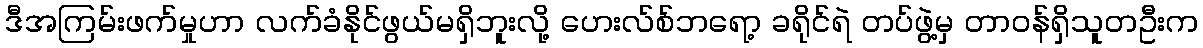
ဒီအကြမ်းဖက်မှုဟာ လက်ခံနိုင်ဖွယ်မရှိဘူးလို့ ဟေးလ်စ်ဘရော့ ခရိုင်ရဲ တပ်ဖွဲ့မှ တာဝန်ရှိသူတဦးက